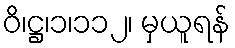
ဝိ၊ဋ္ဌ၊၁၊၁၁၂၊ မှယူရန်